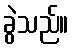
ခွဲသည်။